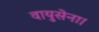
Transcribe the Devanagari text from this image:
वायुसेना।